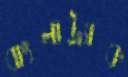
বাংলাট্র্যাক